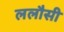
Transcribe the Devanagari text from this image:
ललौसी